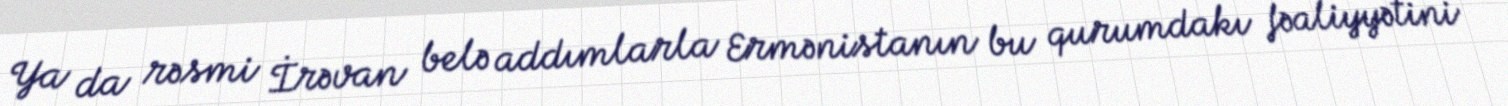
Ya da rəsmi İrəvan belə addımlarla Ermənistanın bu qurumdakı fəaliyyətini